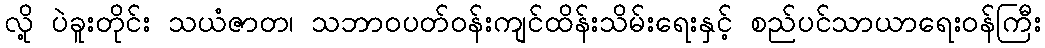
လို့ ပဲခူးတိုင်း သယံဇာတ၊ သဘာဝပတ်ဝန်းကျင်ထိန်းသိမ်းရေးနှင့် စည်ပင်သာယာရေးဝန်ကြီး